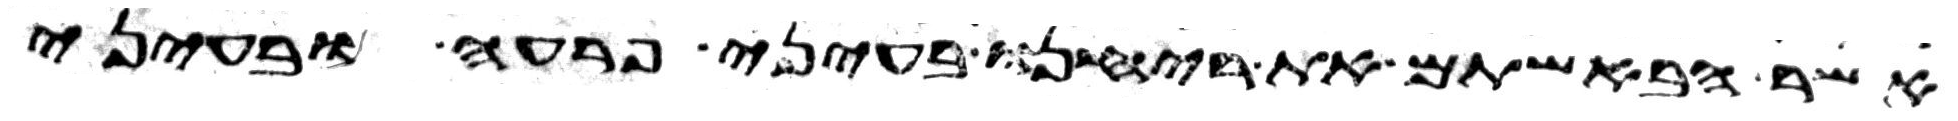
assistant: אשר הבאשתם את ריחנו בעיני פרעה ובעיני